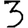
Digit: 3